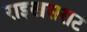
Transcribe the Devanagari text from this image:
राइखसराट